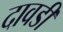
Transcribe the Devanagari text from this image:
दावडी